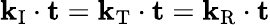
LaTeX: {\mathbf k}_{\textup{I}}\cdot{\mathbf t}={\mathbf k}_{\textup{T}}\cdot{\mathbf t}={\mathbf k}_{\textup{R}}\cdot{\mathbf t}